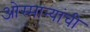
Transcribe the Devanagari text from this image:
ओस्मान्यांची